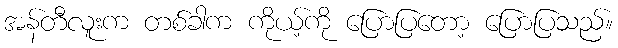
အန်တီလူးက တစ်ခါက ကိုယ့်ကို ပြောပြတော့ ပြောပြသည်။